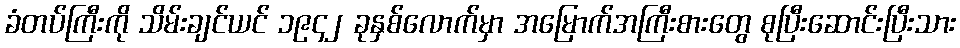
ခံတပ်ကြီးကို သိမ်းချင်ယင် ၁၉၄၂ ခုနှစ်လောက်မှာ အမြောက်အကြီးစားတွေ စုပြီးဆောင်းပြီးသား